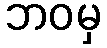
ဘဝမှ